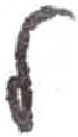
אות: ל